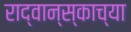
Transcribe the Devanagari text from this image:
राद्वान्स्काच्या